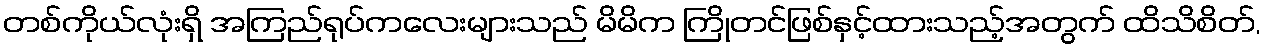
တစ်ကိုယ်လုံးရှိ အကြည်ရုပ်ကလေးများသည် မိမိက ကြိုတင်ဖြစ်နှင့်ထားသည့်အတွက် ထိသိစိတ်,